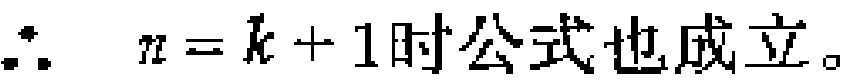
\(\therefore\ n = k + 1时公式也成立。\)